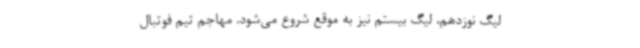
لیگ نوزدهم، لیگ بیستم نیز به ‌موقع شروع می‌شود. مهاجم تیم فوتبال